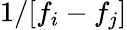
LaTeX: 1/[f_{i}-f_{j}]